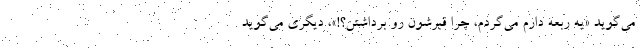
می‌گوید «یه ربعه دارم می‌گردم، چرا قبرشون رو برداشتن؟!»، دیگری می‌گوید